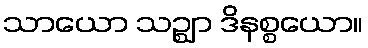
သာယော သဉ္ဈာ ဒိနစ္စယော။